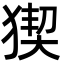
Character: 猰